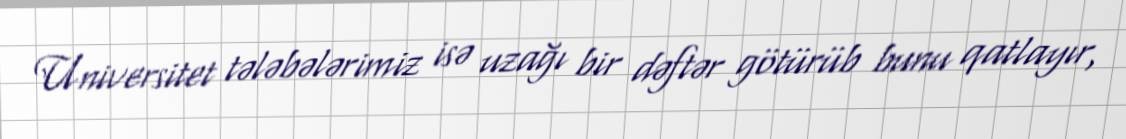
Universitet tələbələrimiz isə uzağı bir dəftər götürüb bunu qatlayır,